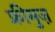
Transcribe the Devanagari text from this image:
फ्रीमुज़